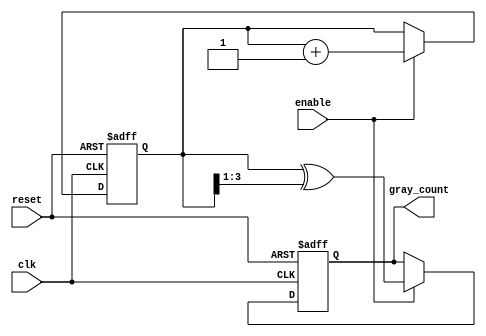
module gray_code_counter (
    input wire clk,          // Clock signal
    input wire reset,        // Asynchronous reset signal
    input wire enable,       // Enable signal for counting
    output reg [3:0] gray_count  // Gray code output (4-bit)
);

    // Internal binary counter
    reg [3:0] bin_count; // 4-bit binary counter

    // Gray code conversion function
    function [3:0] binary_to_gray;
        input [3:0] bin;
        begin
            binary_to_gray = bin ^ (bin >> 1);
        end
    endfunction

    // Always block for counter logic
    always @(posedge clk or posedge reset) begin
        if (reset) begin
            // Asynchronous reset: initialize counters to zero
            bin_count <= 4'b0000;
            gray_count <= 4'b0000;
        end else if (enable) begin
            // Increment the binary counter
            bin_count <= bin_count + 1;
            // Convert the binary counter to Gray code
            gray_count <= binary_to_gray(bin_count);
        end
    end

endmodule